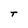
Character: T